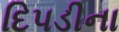
દિપડીના